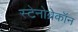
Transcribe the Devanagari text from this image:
स्टेनोब्रेकॉन